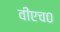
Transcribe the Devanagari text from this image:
वीएच०